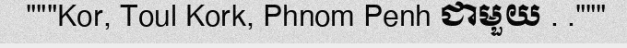
"""Kor, Toul Kork, Phnom Penh ជាមួយ . ."""